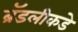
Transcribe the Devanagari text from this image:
ब्रॅडलीकडे